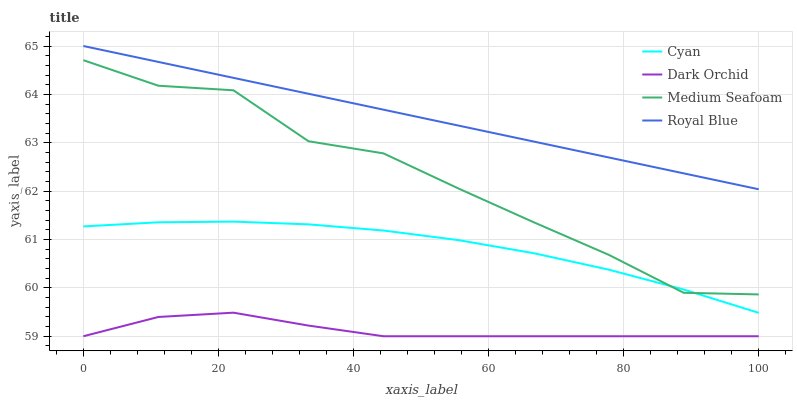
| xaxis_label | Cyan | Dark Orchid | Medium Seafoam | Royal Blue |
 | --- | --- | --- | --- | --- |
 | 0 | 61.3 | 59 | 64.7 | 65 |
 | 11.1 | 61.4 | 59.4 | 64.2 | 64.7 |
 | 22.2 | 61.4 | 59.5 | 64.1 | 64.3 |
 | 33.3 | 61.3 | 59.2 | 63 | 64 |
 | 44.4 | 61.2 | 59 | 62.8 | 63.7 |
 | 55.6 | 61 | 59 | 62.1 | 63.4 |
 | 66.7 | 60.7 | 59 | 61.4 | 63 |
 | 77.8 | 60.4 | 59 | 60.7 | 62.7 |
 | 88.9 | 60 | 59 | 59.9 | 62.4 |
 | 100 | 59.5 | 59 | 59.9 | 62 |